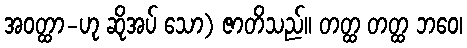
အဝတ္ထာ-ဟု ဆိုအပ် သော) ဇာတိသည်။ တတ္ထ တတ္ထ ဘဝေ၊